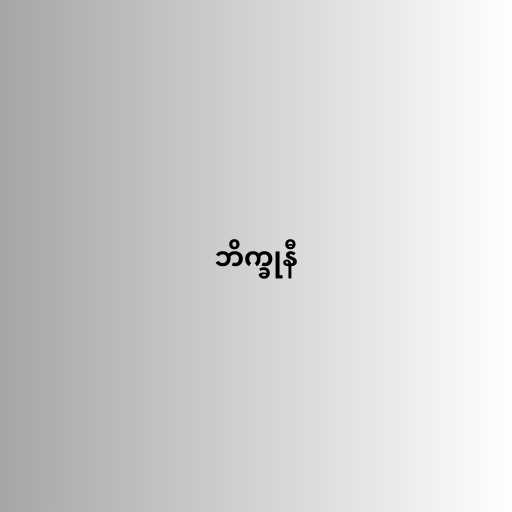
ဘိက္ခုနီ